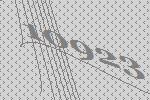
10923